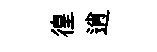
徨逍